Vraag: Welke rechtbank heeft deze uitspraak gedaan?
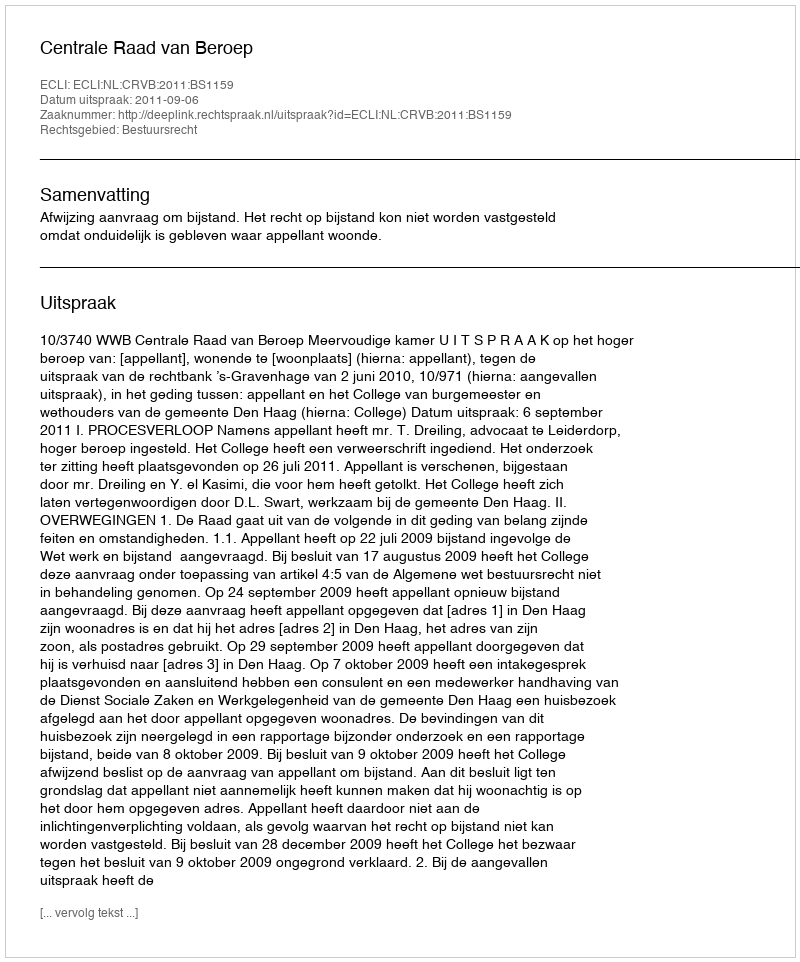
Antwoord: Centrale Raad van Beroep